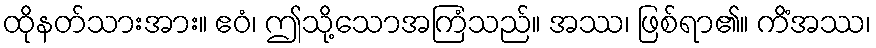
ထိုနတ်သားအား။ ဧဝံ၊ ဤသို့သောအကြံသည်။ အဿ၊ ဖြစ်ရာ၏။ ကိံအဿ၊